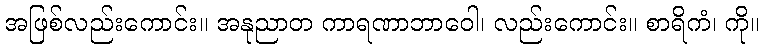
အဖြစ်လည်းကောင်း။ အနုညာတ ကာရဏာဘာဝေါ၊ လည်းကောင်း။ စာရိကံ၊ ကို။